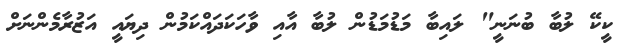
ކީކޭ ލުބާ ބުނަނީ" ލައިބާ މަޑުމަޑުން ލުބާ އާއި ވާހަކަދައްކަމުން ދިޔައީ އަޒުރާމެންނަށް